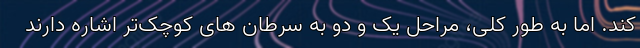
کند. اما به طور کلی، مراحل یک و دو به سرطان های کوچک‌تر اشاره دارند